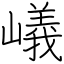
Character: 嶬